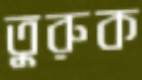
তুরুক